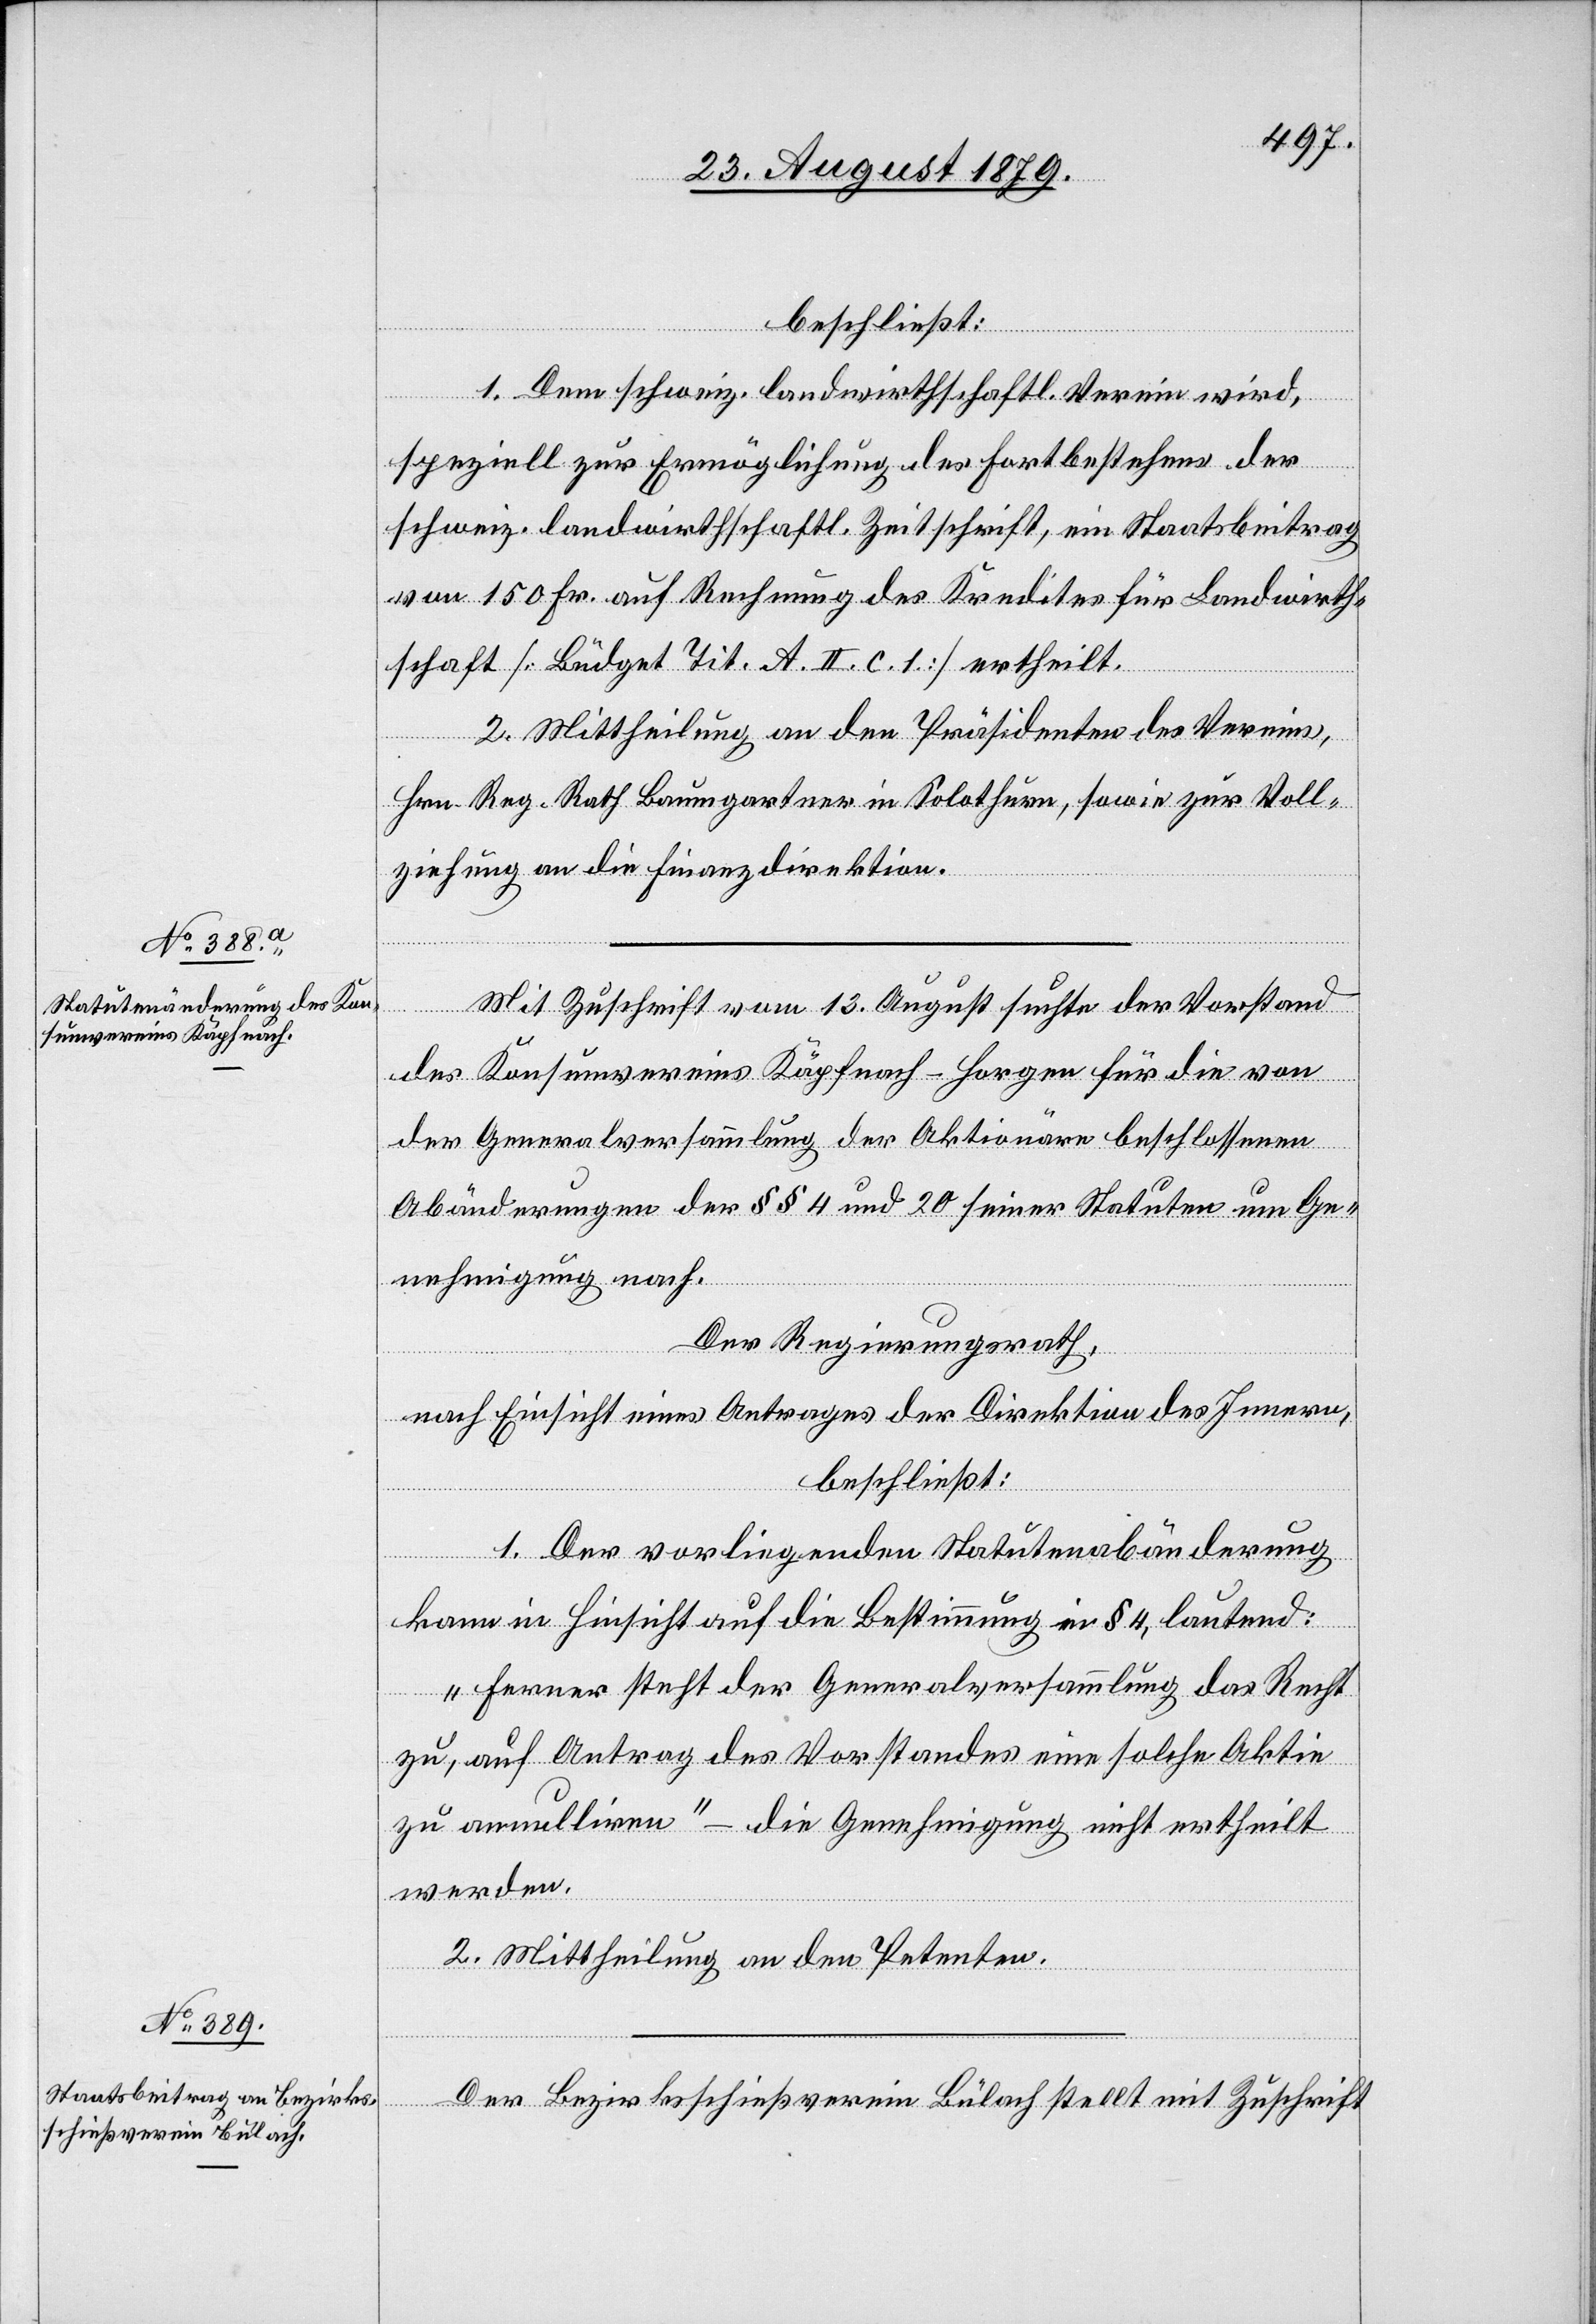
beschließt:
1. Dem schweiz. landwirthschaftl. Verein wird,
speziell zur Ermöglichung des Fortbestehens der
schweiz. landwirthschaftl. Zeitschrift, ein Staatsbeitrag
von 150 Fr. auf Rechnung des Kredites für Landwirth¬
schaft [Büdget Tit. A. II. c. 1] ertheilt.
2. Mittheilung an den Präsidenten des Vereins,
Hrn. Reg. Rath Baumgartner in Solothurn, sowie zur Voll¬
ziehung an die Finanzdirektion.
Mit Zuschrift vom 13. August suchte der Vorstand
des Konsumvereins Käpfnach - Horgen für die von
der Generalversammlung der Aktionäre beschlossenen
Abänderung der §§ 4 und 20 seiner Statuten um Ge¬
nehmigung nach.
Der Regierungsrath,
nach Einsicht eines Antrages der Direktion des Innern,
beschließt:
1. Der vorliegenden Statutenabänderung
kann in Hinsicht auf die Bestimmung in § 4, lautend:
„Ferner steht der Generalversammlung das Recht
zu, auf Antrag des Vorstandes eine solche Aktie
zu annulliren“ – um Genehmigung nicht ertheilt
werden.
2. Mittheilung an den Petenten.
Der Bezirksschießverein Bülach stellt mit Zuschrift